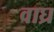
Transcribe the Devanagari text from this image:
वाघ्र